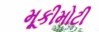
મૂકીમોટી